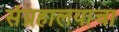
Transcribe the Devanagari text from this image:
संग्रहालयाचा